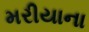
મરીયાના